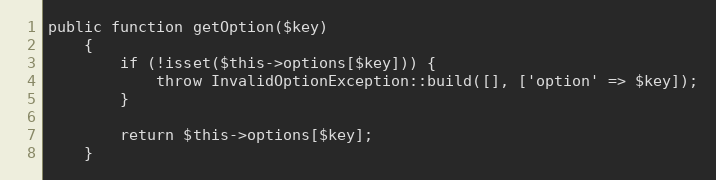
Language: PHP
public function getOption($key)
    {
        if (!isset($this->options[$key])) {
            throw InvalidOptionException::build([], ['option' => $key]);
        }

        return $this->options[$key];
    }